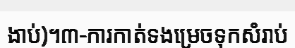
ងាប់)។៣-ការកាត់ទងម្រេចទុកសំរាប់